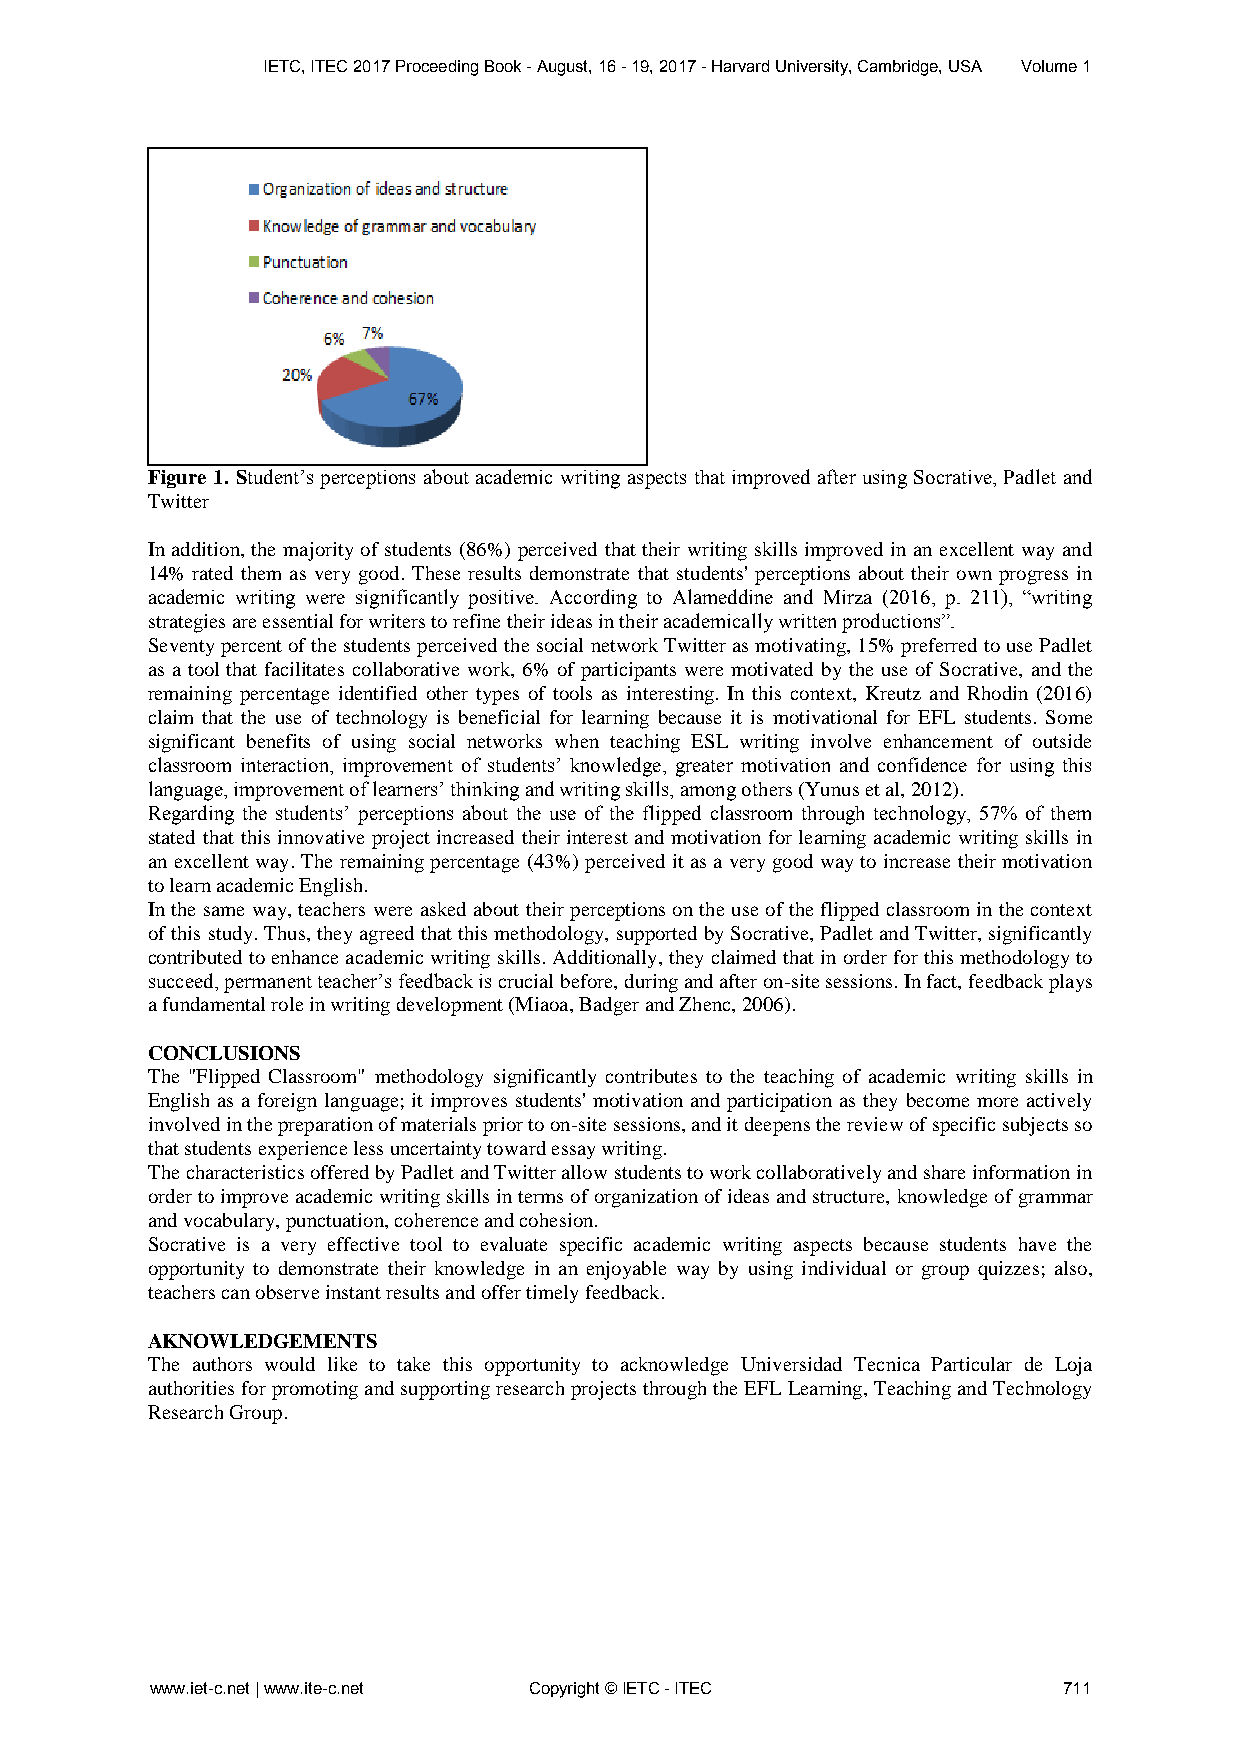
IETC, ITEC 2017 Proceeding Book - August, 16 - 19, 2017 - Harvard University, Cambridge, USA Volume 1
 Figure 1. Student’s perceptions about academic writing aspects that improved after using Socrative, Padlet and
 Twitter
 In addition, the majority of students (86%) perceived that their writing skills improved in an excellent way and
 14% rated them as very good. These results demonstrate that students' perceptions about their own progress in
 academic writing were significantly positive. According to Alameddine and Mirza (2016, p. 211), “writing
 strategies are essential for writers to refine their ideas in their academically written productions”.
 Seventy percent of the students perceived the social network Twitter as motivating, 15% preferred to use Padlet
 as a tool that facilitates collaborative work, 6% of participants were motivated by the use of Socrative, and the
 remaining percentage identified other types of tools as interesting. In this context, Kreutz and Rhodin (2016)
 claim that the use of technology is beneficial for learning because it is motivational for EFL students. Some
 significant benefits of using social networks when teaching ESL writing involve enhancement of outside
 classroom interaction, improvement of students’ knowledge, greater motivation and confidence for using this
 language, improvement of learners’ thinking and writing skills, among others (Yunus et al, 2012).
 Regarding the students’ perceptions about the use of the flipped classroom through technology, 57% of them
 stated that this innovative project increased their interest and motivation for learning academic writing skills in
 an excellent way. The remaining percentage (43%) perceived it as a very good way to increase their motivation
 to learn academic English.
 In the same way, teachers were asked about their perceptions on the use of the flipped classroom in the context
 of this study. Thus, they agreed that this methodology, supported by Socrative, Padlet and Twitter, significantly
 contributed to enhance academic writing skills. Additionally, they claimed that in order for this methodology to
 succeed, permanent teacher’s feedback is crucial before, during and after on-site sessions. In fact, feedback plays
 a fundamental role in writing development (Miaoa, Badger and Zhenc, 2006).
 CONCLUSIONS
 The "Flipped Classroom" methodology significantly contributes to the teaching of academic writing skills in
 English as a foreign language; it improves students' motivation and participation as they become more actively
 involved in the preparation of materials prior to on-site sessions, and it deepens the review of specific subjects so
 that students experience less uncertainty toward essay writing.
 The characteristics offered by Padlet and Twitter allow students to work collaboratively and share information in
 order to improve academic writing skills in terms of organization of ideas and structure, knowledge of grammar
 and vocabulary, punctuation, coherence and cohesion.
 Socrative is a very effective tool to evaluate specific academic writing aspects because students have the
 opportunity to demonstrate their knowledge in an enjoyable way by using individual or group quizzes; also,
 teachers can observe instant results and offer timely feedback.
 AKNOWLEDGEMENTS
 The authors would like to take this opportunity to acknowledge Universidad Tecnica Particular de Loja
 authorities for promoting and supporting research projects through the EFL Learning, Teaching and Technology
 Research Group.
 www.iet-c.net | www.ite-c.net Copyright © IETC - ITEC       711